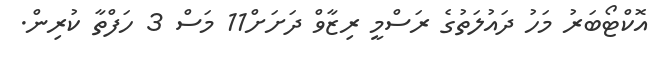
އޮކްޓޯބަރު މަހު ދައުލަތުގެ ރަސްމީ ރިޒާވް ދަށަށް11 މަސް 3 ހަފްތާ ކުރިން.